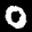
Label: 0